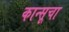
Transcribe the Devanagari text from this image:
कान्सूचा